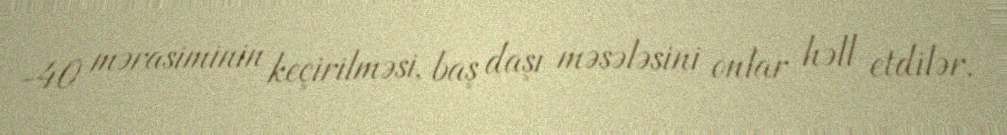
-40 mərasiminin keçirilməsi, baş daşı məsələsini onlar həll etdilər.